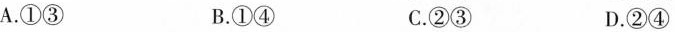
A.①③ B.①④ C.②③ D.②④